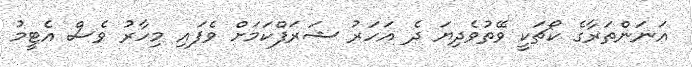
އަނަންތަރާގެ ކޯޗަކީ ވޭތުވެދިޔަ ދެ އަހަރު ޝަރަފްކަމަށް ވެފައި މިހާރު ވެސް އެޓީމު